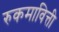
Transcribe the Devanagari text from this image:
रुकमावित्ती